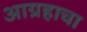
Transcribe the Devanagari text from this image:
आग्रहाचा